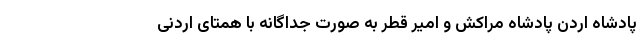
پادشاه اردن پادشاه مراکش و امیر قطر به صورت جداگانه با همتای اردنی